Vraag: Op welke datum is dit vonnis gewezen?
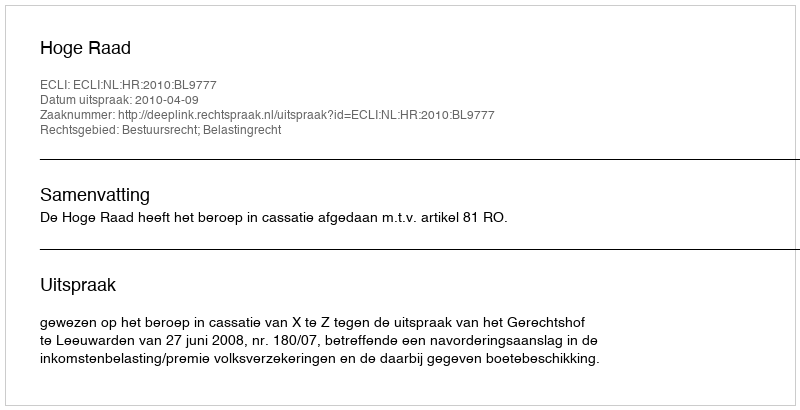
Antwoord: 2010-04-09